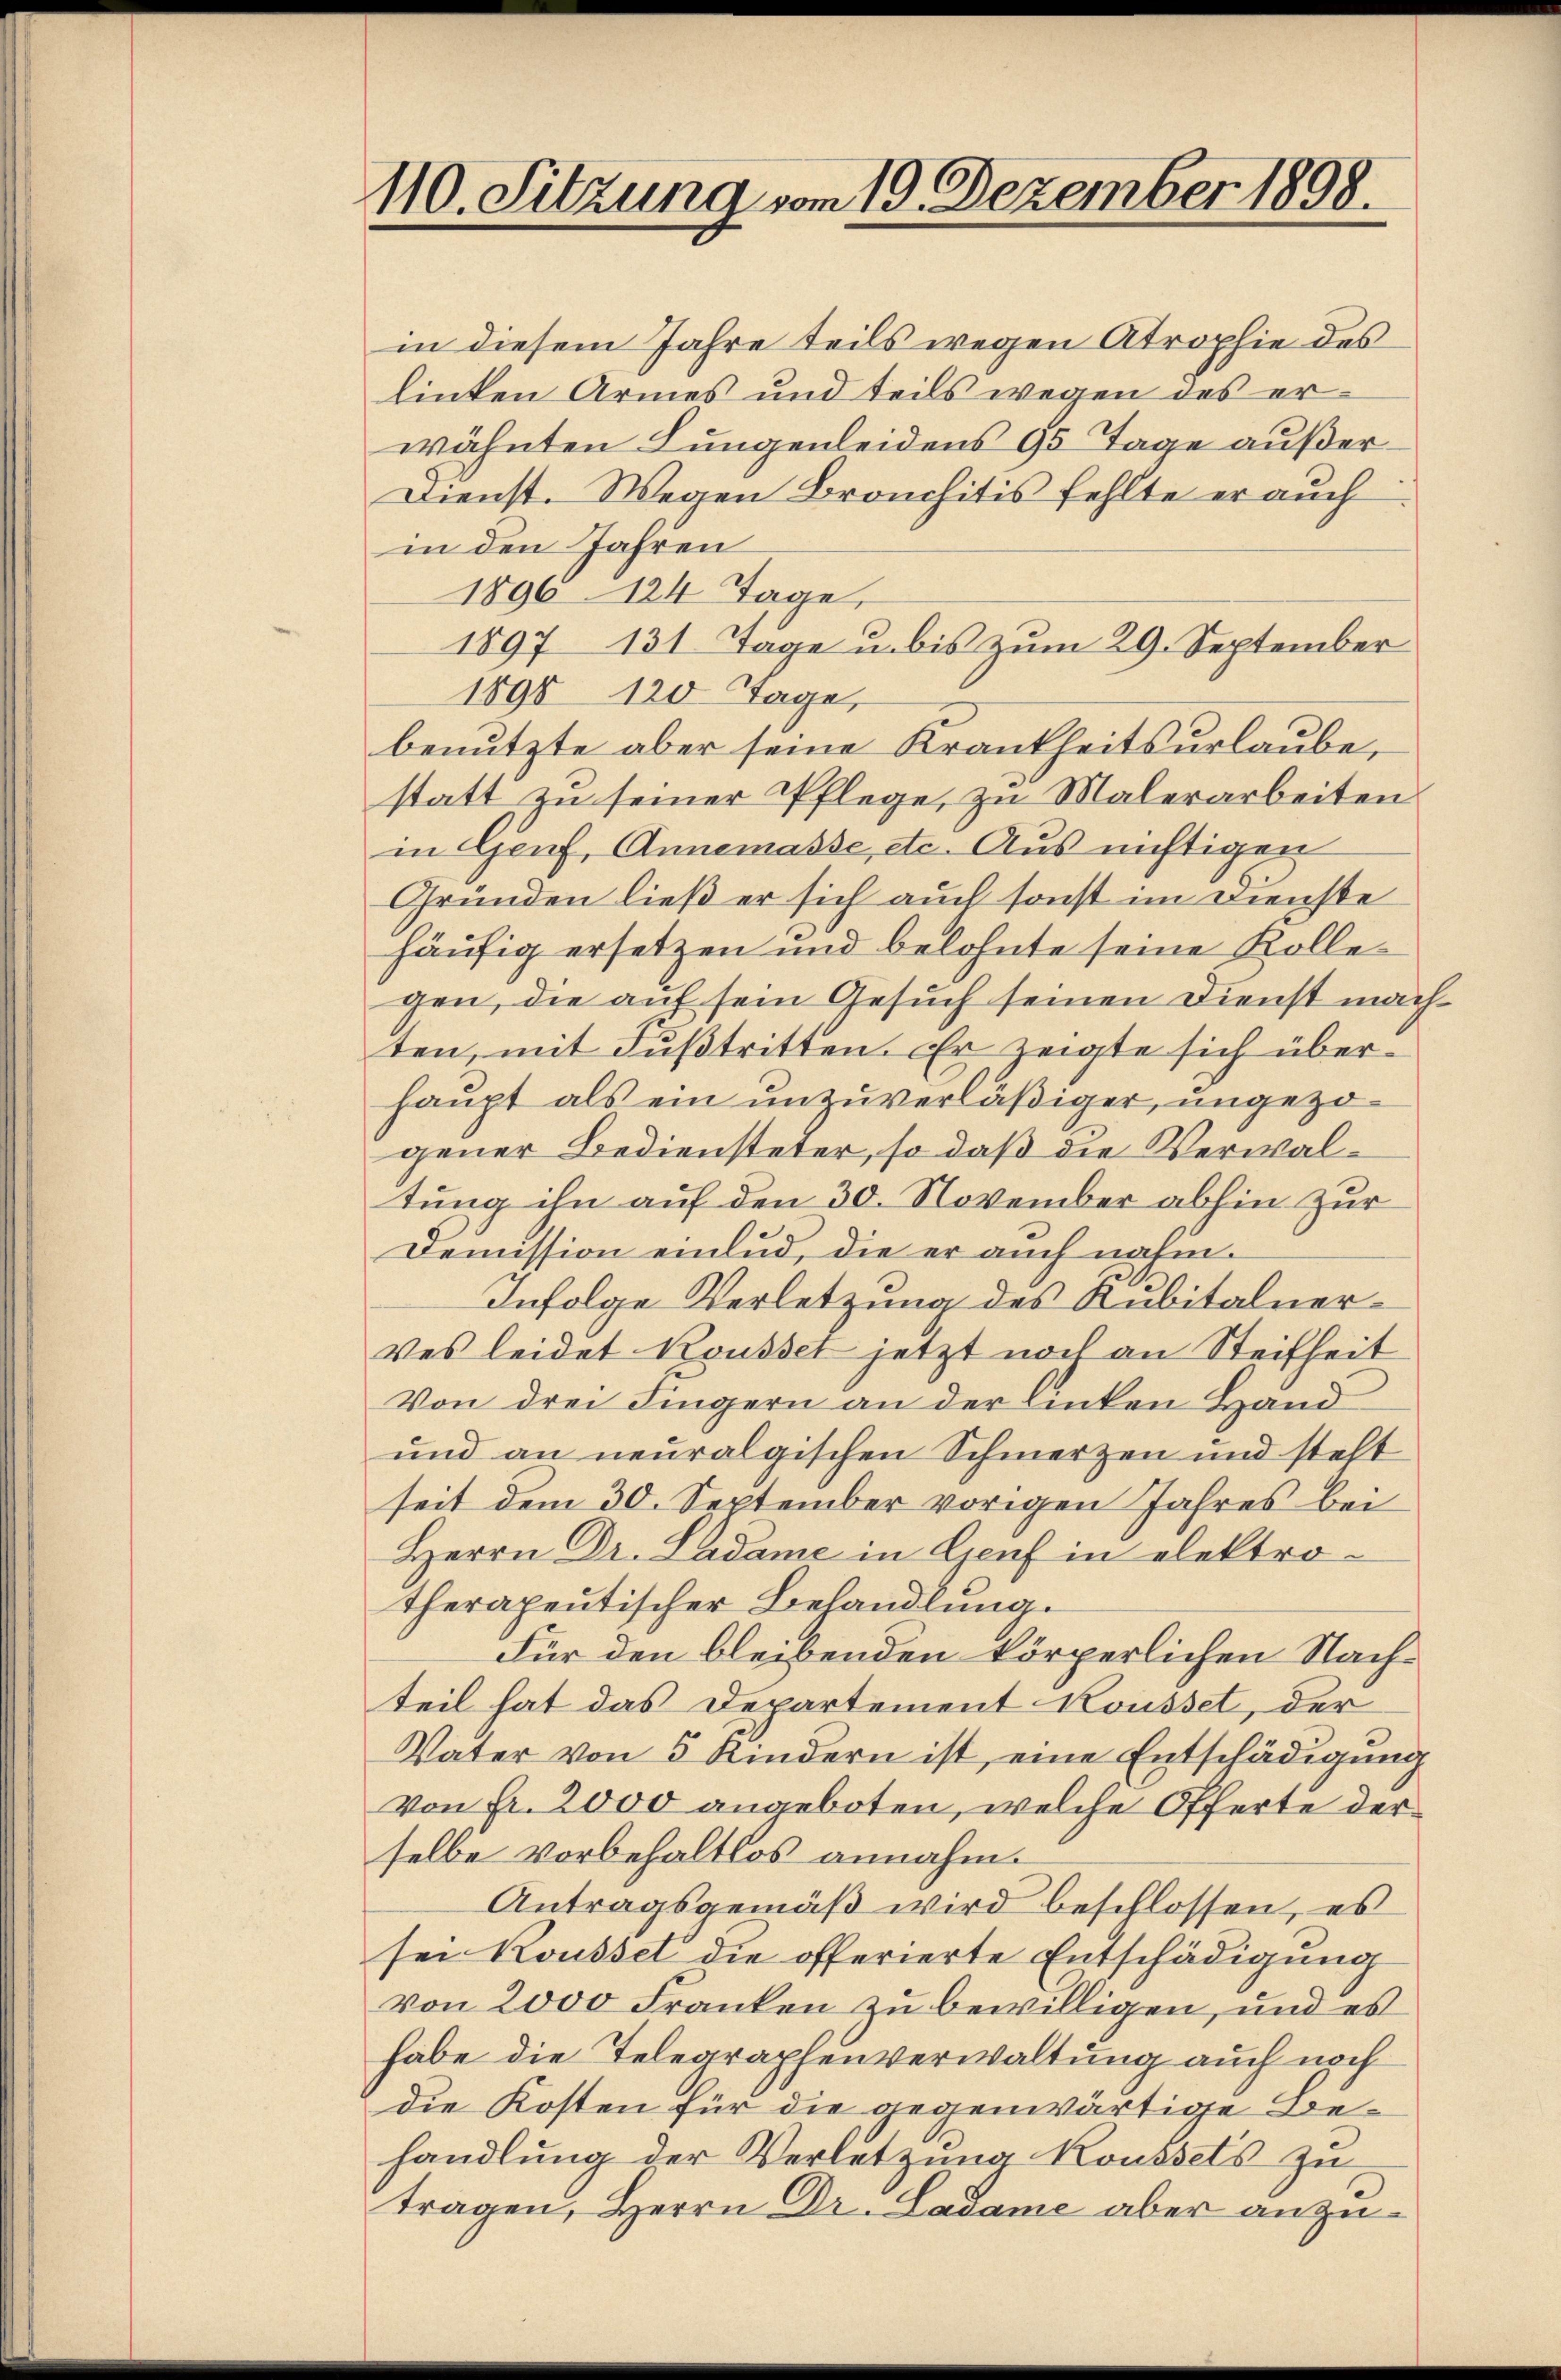
110. Sitzung vom 19. Dezember 1898.

in diesem Jahre teils wegen Atrophie des
linten Armes und teils wegen des erwähnten Lungenleidens 95 Tage außer¬
Dienst. Wegen Bronchitis fehlte er auch
in den Jahren
1896 124 Tage,
1897 131. Tage u. bis zum 29. September
1898 120 Tage,
benutzte aber seine Krankheitsurlaube,
statt zu seiner Pflege, zu Malerarbeiten
in Genf, Annemasse, etc. Aus nichtigen
Gründen ließ er sich auch sonst im Dienste
häufig ersetzen und belohnte seine Kollegen, die auf sein Gesuch seinen Dienst machten, mit Fußtritten. Er zeigte sich überhaupt als ein unzuverläßiger, ungezogener Bediensteter, so daß die Verwaltung ihn auf den 30. November abhin zur
Demission einlud, die er auch nahm¬
Infolge Verletzung des Kubitalner¬
Ver leidet Kousset jetzt noch an Steifheit
Von drei Fingern an der linken Hand
und an neuralgischen Schmerzen und steht
seit dem 30. September vorigen Jahres bei
Herrn Dr. Ladame in Genf in elektro-
therapentischer Behandlung.
Für den bleibenden körperlichen Nachteil hat das Departement Kousset, der
Vater von 5 Kindern ist, eine Entschädigung
von Fr. 2000 angeboten, welche Offerte der
selbe Vorbehaltlos annahm.
Antragsgemäß wird beschlossen, es
sei Kousset die offerierte Entschädigung
von 2000 Franken zu bewilligen, und es
habe die Telegraphenverwaltung auch noch
die Kosten für die gegenwärtige Behandlung der Verletzung Koussels zu
tragen, Herrn Dr. Ladame aber anzu¬